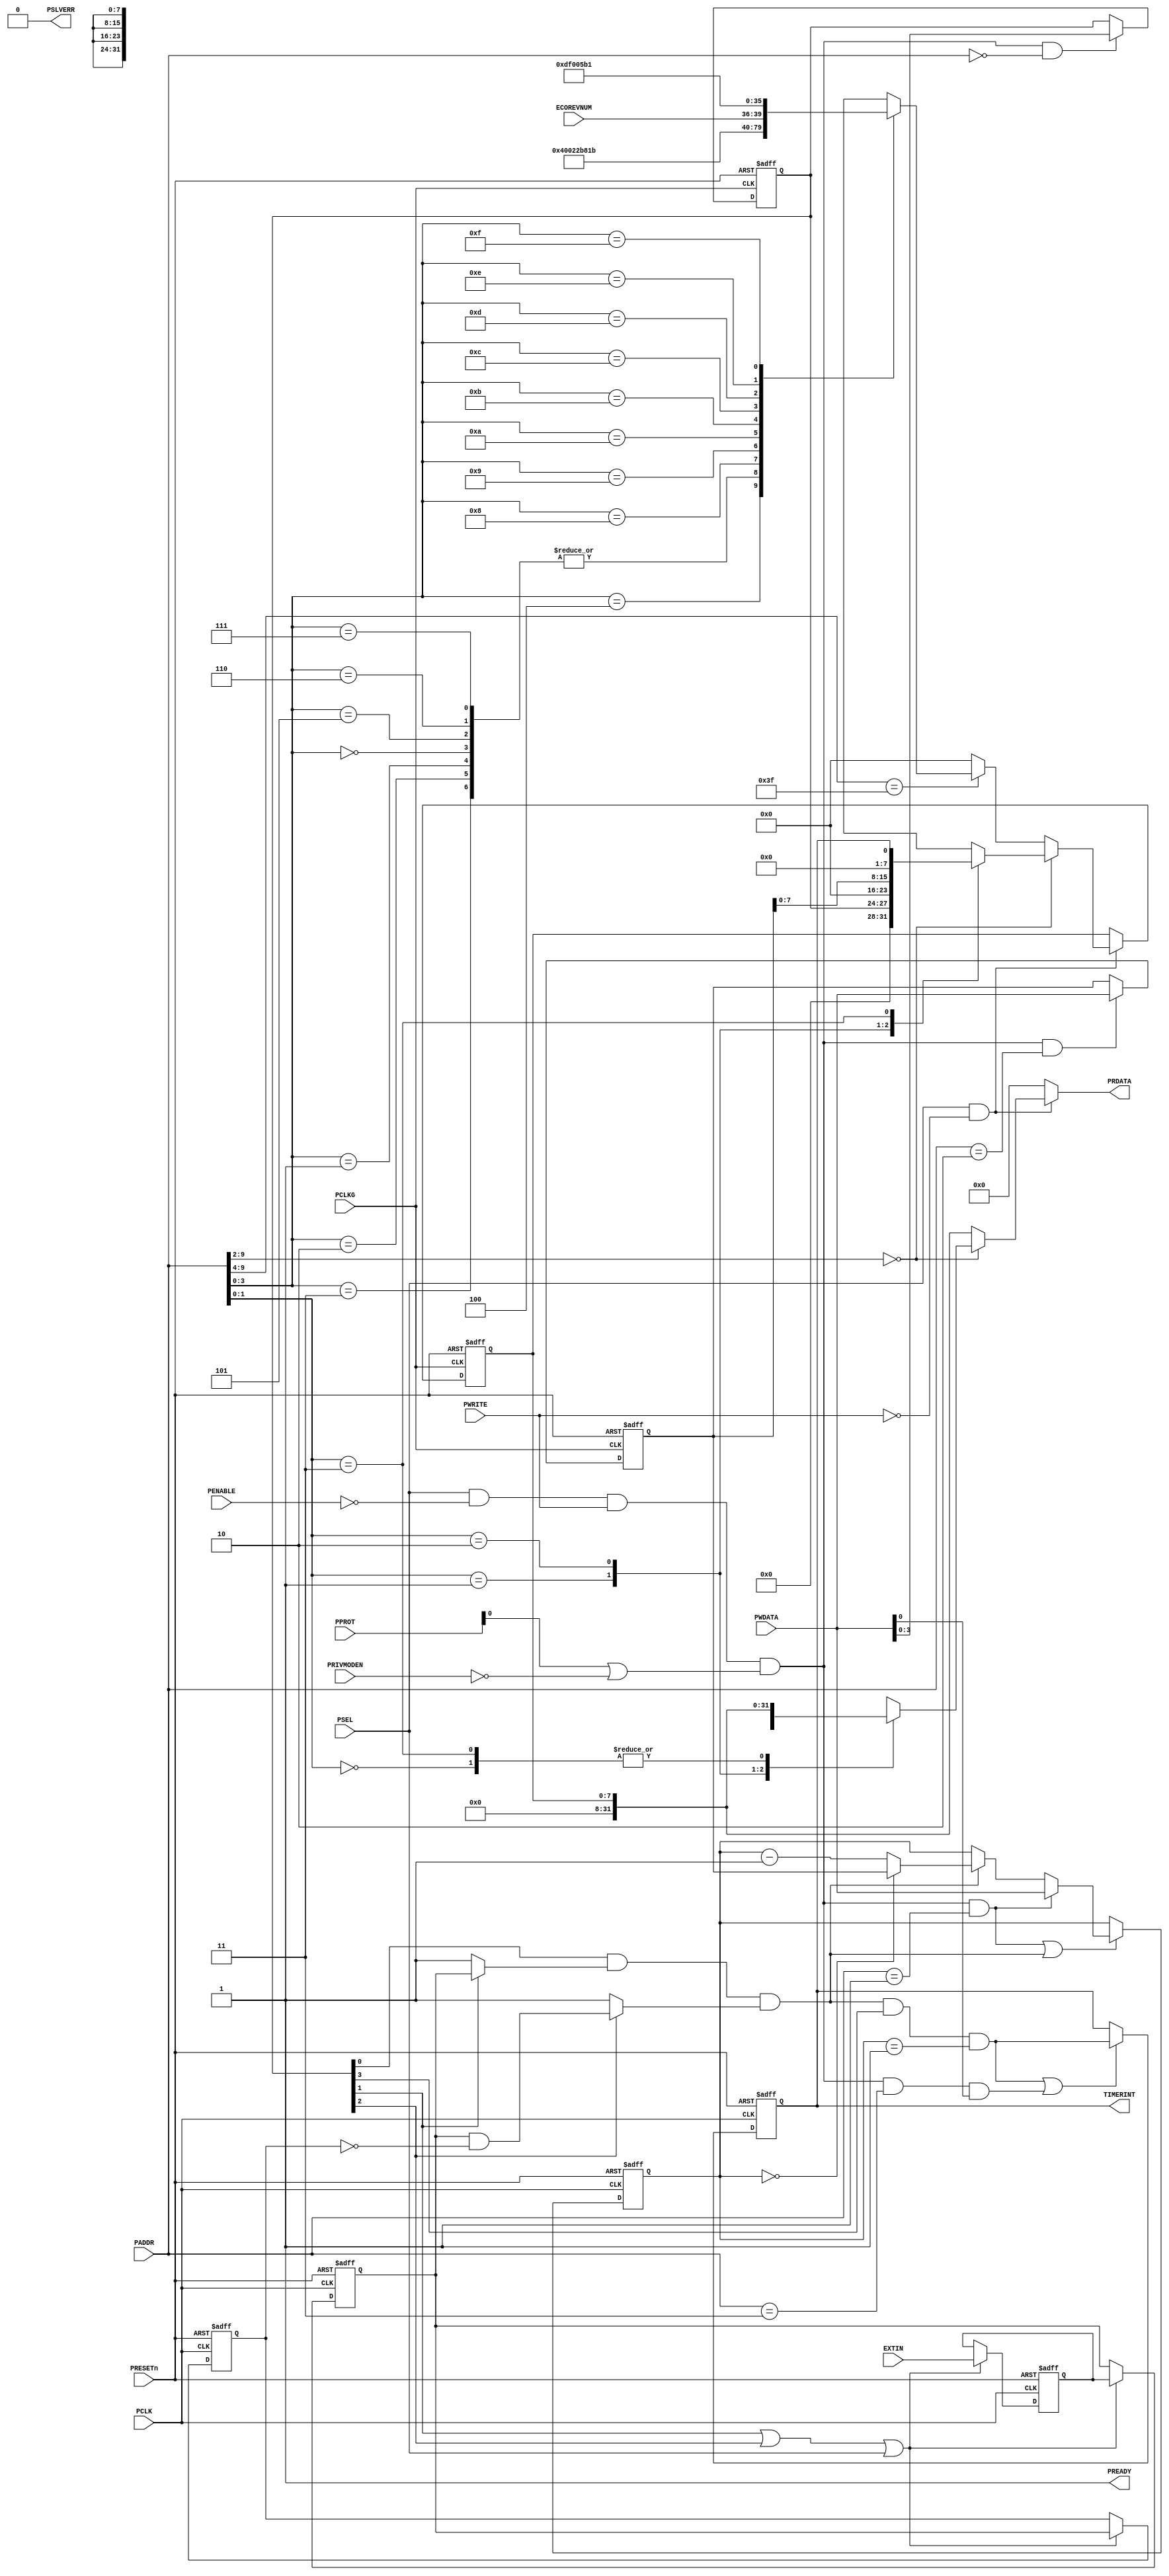
//-----------------------------------------------------------------------------
// The confidential and proprietary information contained in this file may
// only be used by a person authorised under and to the extent permitted
// by a subsisting licensing agreement from ARM Limited or its affiliates.
//
//        (C) COPYRIGHT 2015 ARM Limited or its affiliates.
//            ALL RIGHTS RESERVED
//
// This entire notice must be reproduced on all copies of this file
// and copies of this file may only be made by a person if such person is
// permitted to do so under the terms of a subsisting license agreement
// from ARM Limited or its affiliates.
//
//      SVN Information
//
//      Checked In          :  2015-09-17 13:43:40 +0100 (Thu, 17 Sep 2015)
//
//      Revision            :  2354
//
//      Release Information : CM3DesignStart-r0p0-02rel0
//
// ----------------------------------------------------------------------------
// Verilog-2001 (IEEE Std 1364-2001)
// ----------------------------------------------------------------------------
//-----------------------------------------------------------------------------
// Abstract : Simple APB timer
//-----------------------------------------------------------------------------
// Derrived from CMSDK timer, with added PRIV support.
// Used CMSDK release: BP210-BU-00000-r1p0-01rel0
//    Revision: 233272
//    Release Information : CM3DesignStart-r0p0-02rel0
//-----------------------------------------------------------------------------
// Programmer's model
// 0x00 RW    CTRL[3:0]
//              [3] Timer Interrupt Enable
//              [2] Select External input as Clock
//              [1] Select External input as Enable
//              [0] Enable
// 0x04 RW    Current Value[31:0]
// 0x08 RW    Reload Value[31:0]
// 0x0C R/Wc  Timer Interrupt
//              [0] Interrupt, right 1 to clear
// 0x3E0 - 0x3FC  ID registers
//-----------------------------------------------------------------------------


module cmsdk_apb_timer (
  input  wire        PCLK,     // PCLK for timer operation
  input  wire        PCLKG,    // Gated clock
  input  wire        PRESETn,  // Reset

  input  wire        PSEL,     // Device select
  input  wire [11:2] PADDR,    // Address
  input  wire        PENABLE,  // Transfer control
  input  wire        PWRITE,   // Write control
  input  wire [31:0] PWDATA,   // Write data

  input  wire [2:0]  PPROT,    // Protection type. Only PPROT[0] is used 0 indicates NORMAL access and 1 indicates PRIVILEGED

  input  wire  [3:0] ECOREVNUM ,// Engineering-change-order revision bits

  output wire [31:0] PRDATA,   // Read data
  output wire        PREADY,   // Device ready
  output wire        PSLVERR,  // Device error response
  input  wire        PRIVMODEN,// Control whether time regs can be written in NON-PRIV mode or not
  input  wire        EXTIN,    // Extenal input

  output wire        TIMERINT); // Timer interrupt output

// Local ID parameters, APB timer part number is 0x822
localparam  ARM_CMSDK_APB_TIMER_PID0 = 8'h22;
localparam  ARM_CMSDK_APB_TIMER_PID1 = 8'hB8;
localparam  ARM_CMSDK_APB_TIMER_PID2 = 8'h1B;
localparam  ARM_CMSDK_APB_TIMER_PID3 = 4'h0;
localparam  ARM_CMSDK_APB_TIMER_PID4 = 8'h04;
localparam  ARM_CMSDK_APB_TIMER_PID5 = 8'h00;
localparam  ARM_CMSDK_APB_TIMER_PID6 = 8'h00;
localparam  ARM_CMSDK_APB_TIMER_PID7 = 8'h00;
localparam  ARM_CMSDK_APB_TIMER_CID0 = 8'h0D;
localparam  ARM_CMSDK_APB_TIMER_CID1 = 8'hF0;
localparam  ARM_CMSDK_APB_TIMER_CID2 = 8'h05;
localparam  ARM_CMSDK_APB_TIMER_CID3 = 8'hB1;

// Signals for read/write controls
wire          read_enable;
wire          write_enable;
wire          write_enable00; // Write enable for Control register
wire          write_enable04; // Write enable for Current Value register
wire          write_enable08; // Write enable for Reload Value register
wire          write_enable0c; // Write enable for Interrupt register
reg     [7:0] read_mux_byte0;
reg     [7:0] read_mux_byte0_reg;
reg    [31:0] read_mux_word;
wire    [3:0] pid3_value;

// Signals for Control registers
reg     [3:0] reg_ctrl;
reg    [31:0] reg_curr_val;
reg    [31:0] reg_reload_val;
reg    [31:0] nxt_curr_val;

// Internal signals
reg           ext_in_sync1;  // Synchronisation registers for external input
reg           ext_in_sync2;  // Synchronisation registers for external input
reg           ext_in_delay;  // Delay register for edge detection
wire          ext_in_enable; // enable control for external intput
wire          dec_ctrl;      // Decrement control
wire          clk_ctrl;      // Clk select result
wire          enable_ctrl;   // Enable select result
wire          edge_detect;   // Edge detection
reg           reg_timer_int; // Timer interrupt output register
wire          timer_int_clear; // Clear timer interrupt status
wire          timer_int_set;   // Set timer interrupt status
wire          update_timer_int;// Update Timer interrupt output register

// Start of main code
// Read and write control signals
assign  read_enable  = PSEL & (~PWRITE); // assert for whole APB read transfer
assign  write_enable = PSEL & (~PENABLE) & PWRITE & (PPROT[0] | ~PRIVMODEN); // assert for 1st cycle of write transfer
assign  write_enable00 = write_enable & (PADDR[11:2] == 10'h000);
assign  write_enable04 = write_enable & (PADDR[11:2] == 10'h001);
assign  write_enable08 = write_enable & (PADDR[11:2] == 10'h002);
assign  write_enable0c = write_enable & (PADDR[11:2] == 10'h003);

// Write operations
  // Control register
  always @(posedge PCLKG or negedge PRESETn)
  begin
    if (~PRESETn)
      reg_ctrl <= {4{1'b0}};
    else if (write_enable00)
      reg_ctrl <= PWDATA[3:0];
  end

  // Current Value register
  always @(posedge PCLK or negedge PRESETn)
  begin
    if (~PRESETn)
      reg_curr_val <= {32{1'b0}};
    else if (write_enable04 | dec_ctrl)
      reg_curr_val <= nxt_curr_val;
  end

  // Reload Value register
  always @(posedge PCLKG or negedge PRESETn)
  begin
    if (~PRESETn)
      reg_reload_val <= {32{1'b0}};
    else if (write_enable08)
      reg_reload_val <= PWDATA[31:0];
  end

// Read operation, partitioned into two parts to reduce gate counts
// and improve timing
  assign pid3_value  = ARM_CMSDK_APB_TIMER_PID3;

  // lower 8 bits -registered. Current value reigster mux not done here
  // because the value can change every cycle
always @(PADDR or reg_ctrl or reg_reload_val or reg_timer_int or
   ECOREVNUM or pid3_value)
  begin
   if (PADDR[11:4] == 8'h00) begin
     case (PADDR[3:2])
     2'h0: read_mux_byte0 =  {{4{1'b0}}, reg_ctrl};
     2'h1: read_mux_byte0 =   {8{1'b0}};
     2'h2: read_mux_byte0 =  reg_reload_val[7:0];
     2'h3: read_mux_byte0 =  {{7{1'b0}}, reg_timer_int};
     default:  read_mux_byte0 =   {8{1'bx}};// x propogation
     endcase
   end
   else if (PADDR[11:6] == 6'h3F) begin
     case  (PADDR[5:2])
       4'h0, 4'h1,4'h2,4'h3: read_mux_byte0 =   {8{1'b0}};
   // ID register - constant values
       4'h4: read_mux_byte0 = ARM_CMSDK_APB_TIMER_PID4; // 0xFD0 : PID 4
       4'h5: read_mux_byte0 = ARM_CMSDK_APB_TIMER_PID5; // 0xFD4 : PID 5
       4'h6: read_mux_byte0 = ARM_CMSDK_APB_TIMER_PID6; // 0xFD8 : PID 6
       4'h7: read_mux_byte0 = ARM_CMSDK_APB_TIMER_PID7; // 0xFDC : PID 7
       4'h8: read_mux_byte0 = ARM_CMSDK_APB_TIMER_PID0; // 0xFE0 : PID 0  APB timer part number[7:0]
       4'h9: read_mux_byte0 = ARM_CMSDK_APB_TIMER_PID1; // 0xFE0 : PID 1 [7:4] jep106_id_3_0. [3:0] part number [11:8]
       4'hA: read_mux_byte0 = ARM_CMSDK_APB_TIMER_PID2; // 0xFE0 : PID 2 [7:4] revision, [3] jedec_used. [2:0] jep106_id_6_4
       4'hB: read_mux_byte0 = {ECOREVNUM[3:0],pid3_value[3:0]};
                                                       // 0xFE0 : PID 3 [7:4] ECO revision, [3:0] modification number
       4'hC: read_mux_byte0 = ARM_CMSDK_APB_TIMER_CID0; // 0xFF0 : CID 0
       4'hD: read_mux_byte0 = ARM_CMSDK_APB_TIMER_CID1; // 0xFF4 : CID 1 PrimeCell class
       4'hE: read_mux_byte0 = ARM_CMSDK_APB_TIMER_CID2; // 0xFF8 : CID 2
       4'hF: read_mux_byte0 = ARM_CMSDK_APB_TIMER_CID3; // 0xFFC : CID 3
       default : read_mux_byte0 = {8{1'bx}}; // x propogation
      endcase
    end
    else begin
       read_mux_byte0 =   {8{1'b0}};     //default read out value
    end
  end

  // Register read data
  always @(posedge PCLKG or negedge PRESETn)
  begin
    if (~PRESETn)
      read_mux_byte0_reg <= {8{1'b0}};
    else if (read_enable)
      read_mux_byte0_reg <= read_mux_byte0;
  end

  // Second level of read mux
  always @(PADDR or read_mux_byte0_reg or reg_curr_val or reg_reload_val)
  begin
  if (PADDR[11:4] == 8'h00) begin
    case (PADDR[3:2])
      2'b01:   read_mux_word = {reg_curr_val[31:0]};
      2'b10:   read_mux_word = {reg_reload_val[31:8],read_mux_byte0_reg};
      2'b00,2'b11:  read_mux_word = {{24{1'b0}} ,read_mux_byte0_reg};
      default : read_mux_word = {32{1'bx}};
    endcase
  end
  else begin
    read_mux_word = {{24{1'b0}}  ,read_mux_byte0_reg};
  end
  end

  // Output read data to APB
  assign PRDATA = (read_enable) ? read_mux_word : {32{1'b0}};
  assign PREADY  = 1'b1; // Always ready
  assign PSLVERR = 1'b0; // Always okay

  assign ext_in_enable = reg_ctrl[1] | reg_ctrl[2] | PSEL;

  // Synchonize input and delay for edge detection
  always @(posedge PCLK or negedge PRESETn)
  begin
    if (~PRESETn)
      begin
      ext_in_sync1 <= 1'b0;
      ext_in_sync2 <= 1'b0;
      ext_in_delay <= 1'b0;
      end
    else if (ext_in_enable)
      begin
      ext_in_sync1 <= EXTIN;
      ext_in_sync2 <= ext_in_sync1;
      ext_in_delay <= ext_in_sync2;
      end
  end

  // Edge detection
  assign edge_detect = ext_in_sync2 & (~ext_in_delay);

  // Clock selection
  assign clk_ctrl    = reg_ctrl[2] ? edge_detect : 1'b1;

  // Enable selection
  assign enable_ctrl = reg_ctrl[1] ? ext_in_sync2 : 1'b1;

  // Overall decrement control
  assign dec_ctrl    = reg_ctrl[0] & enable_ctrl & clk_ctrl;

  // Decrement counter
  always @(write_enable04 or PWDATA or dec_ctrl or reg_curr_val or
  reg_reload_val)
  begin
  if (write_enable04)
    nxt_curr_val = PWDATA[31:0]; // Software write to timer
  else if (dec_ctrl)
    begin
    if (reg_curr_val == {32{1'b0}})
      nxt_curr_val = reg_reload_val; // Reload
    else
      nxt_curr_val = reg_curr_val - 32'h00000001; // Decrement
    end
  else
    nxt_curr_val = reg_curr_val; // Unchanged
  end

  // Interrupt generation
  // Trigger an interrupt when decrement to 0 and interrupt enabled
  // and hold it until clear by software
  assign timer_int_set   = (dec_ctrl & reg_ctrl[3] & (reg_curr_val==32'h00000001));
  assign timer_int_clear = write_enable0c & PWDATA[0];
  assign update_timer_int= timer_int_set | timer_int_clear;

  // Registering interrupt output
  always @(posedge PCLK or negedge PRESETn)
  begin
    if (~PRESETn)
      reg_timer_int <= 1'b0;
    else if (update_timer_int)
      reg_timer_int <= timer_int_set;
  end

  // Connect to external
  assign TIMERINT = reg_timer_int;

`ifdef ARM_APB_ASSERT_ON
`include "std_ovl_defines.h"

   // ------------------------------------------------------------
   // Assertions
   // ------------------------------------------------------------
   wire ovl_write_setup     = PSEL & (~PENABLE) &  PWRITE ;

   wire ovl_read_access     = PSEL & (~PWRITE) & PENABLE & PREADY;
   wire ovl_write_access    = PSEL & ( PWRITE) & PENABLE & PREADY;

   wire [7:0] ovl_apb_timer_pid3      = {ECOREVNUM[3:0], pid3_value[3:0]};
   reg  [7:0] ovl_apb_timer_pid3_d1;

   reg ovl_write_access_d1;
   reg ovl_write_setup_d1;

   reg [9:0] ovl_paddr_d1;
   reg [31:0] ovl_pwdata_d1;

   reg [3:0] ovl_reg_ctrl_d1;
   reg ovl_reg_timer_int_d1, ovl_timer_int_set_d1;

   always @(posedge PCLK or negedge PRESETn)
   if (~PRESETn)
     begin
       ovl_write_access_d1 <= 1'b0;
       ovl_write_setup_d1 <= 1'b0;
     end
   else
     begin
       ovl_write_setup_d1 <= ovl_write_setup;
       ovl_write_access_d1 <= ovl_write_access;
     end

   always @(posedge PCLK or negedge PRESETn)
   if (~PRESETn)
     begin
       ovl_paddr_d1 <= 10'b0000;
       ovl_pwdata_d1 <= 32'h00000000;
       ovl_apb_timer_pid3_d1 <= 8'h00;
     end
   else
     begin
       ovl_paddr_d1 <= PADDR;
       ovl_pwdata_d1 <= PWDATA;
       ovl_apb_timer_pid3_d1 <= ovl_apb_timer_pid3;
     end

   always @(posedge PCLK or negedge PRESETn)
   if (~PRESETn)
     begin
       ovl_reg_ctrl_d1 <= 4'b0000;
       ovl_reg_timer_int_d1 <= 1'b0;
       ovl_timer_int_set_d1 <= 1'b0;
     end
   else
     begin
       ovl_reg_timer_int_d1 <= reg_timer_int;
       ovl_timer_int_set_d1 <= timer_int_set;
       ovl_reg_ctrl_d1 <= reg_ctrl;
     end

    // A read access on PIDx must always return the expected value

   assert_implication
     #(`OVL_ERROR,`OVL_ASSERT,
       "The PID 4 value must be equal to the expected value.")
   u_ovl_pid4_read_value
     (.clk              (PCLK),
      .reset_n          (PRESETn),
      .antecedent_expr  (ovl_read_access & (PADDR[11:2] == 10'h3F4)),
      .consequent_expr  (PRDATA[7:0] == ARM_CMSDK_APB_TIMER_PID4)
      );

   assert_implication
     #(`OVL_ERROR,`OVL_ASSERT,
       "The PID 5 value must be equal to the expected value.")
   u_ovl_pid5_read_value
     (.clk              (PCLK),
      .reset_n          (PRESETn),
      .antecedent_expr  (ovl_read_access & (PADDR[11:2] == 10'h3F5)),
      .consequent_expr  (PRDATA[7:0] == ARM_CMSDK_APB_TIMER_PID5)
      );

   assert_implication
     #(`OVL_ERROR,`OVL_ASSERT,
       "The PID 6 value must be equal to the expected value.")
   u_ovl_pid6_read_value
     (.clk              (PCLK),
      .reset_n          (PRESETn),
      .antecedent_expr  (ovl_read_access & (PADDR[11:2] == 10'h3F6)),
      .consequent_expr  (PRDATA[7:0] == ARM_CMSDK_APB_TIMER_PID6)
      );

   assert_implication
     #(`OVL_ERROR,`OVL_ASSERT,
       "The PID 7 value must be equal to the expected value.")
   u_ovl_pid7_read_value
     (.clk              (PCLK),
      .reset_n          (PRESETn),
      .antecedent_expr  (ovl_read_access & (PADDR[11:2] == 10'h3F7)),
      .consequent_expr  (PRDATA[7:0] == ARM_CMSDK_APB_TIMER_PID7)
      );

   assert_implication
     #(`OVL_ERROR,`OVL_ASSERT,
       "The PID 0 value must be equal to the expected value.")
   u_ovl_pid0_read_value
     (.clk              (PCLK),
      .reset_n          (PRESETn),
      .antecedent_expr  (ovl_read_access & (PADDR[11:2] == 10'h3F8)),
      .consequent_expr  (PRDATA[7:0] ==  ARM_CMSDK_APB_TIMER_PID0)
      );

   assert_implication
     #(`OVL_ERROR,`OVL_ASSERT,
       "The PID 1 value must be equal to the expected value.")
   u_ovl_pid1_read_value
     (.clk              (PCLK),
      .reset_n          (PRESETn),
      .antecedent_expr  (ovl_read_access & (PADDR[11:2] == 10'h3F9)),
      .consequent_expr  (PRDATA[7:0] == ARM_CMSDK_APB_TIMER_PID1)
      );

   assert_implication
     #(`OVL_ERROR,`OVL_ASSERT,
       "The PID 2 value must be equal to the expected value.")
   u_ovl_pid2_read_value
     (.clk              (PCLK),
      .reset_n          (PRESETn),
      .antecedent_expr  (ovl_read_access & (PADDR[11:2] == 10'h3FA)),
      .consequent_expr  (PRDATA[7:0] == ARM_CMSDK_APB_TIMER_PID2)
      );

   assert_implication
     #(`OVL_ERROR,`OVL_ASSERT,
       "The PID 3 value must be equal to the expected value.")
   u_ovl_pid3_read_value
     (.clk              (PCLK),
      .reset_n          (PRESETn),
      .antecedent_expr  (ovl_read_access & (PADDR[11:2] == 10'h3FB)),
      .consequent_expr  (PRDATA[7:0] == ovl_apb_timer_pid3_d1)
      );

   // A read access on CIDx must always return the expected value

   assert_implication
     #(`OVL_ERROR,`OVL_ASSERT,
       "The CID 0 value must be equal to the expected value.")
   u_ovl_cid0_read_value
     (.clk              (PCLK),
      .reset_n          (PRESETn),
      .antecedent_expr  (ovl_read_access & (PADDR[11:2] == 10'h3FC)),
      .consequent_expr  (PRDATA[7:0] ==  ARM_CMSDK_APB_TIMER_CID0)
      );

   assert_implication
     #(`OVL_ERROR,`OVL_ASSERT,
       "The CID 1 value must be equal to the expected value.")
   u_ovl_cid1_read_value
     (.clk              (PCLK),
      .reset_n          (PRESETn),
      .antecedent_expr  (ovl_read_access & (PADDR[11:2] == 10'h3FD)),
      .consequent_expr  (PRDATA[7:0] == ARM_CMSDK_APB_TIMER_CID1)
      );

   assert_implication
     #(`OVL_ERROR,`OVL_ASSERT,
       "The CID 2 value must be equal to the expected value.")
   u_ovl_cid2_read_value
     (.clk              (PCLK),
      .reset_n          (PRESETn),
      .antecedent_expr  (ovl_read_access & (PADDR[11:2] == 10'h3FE)),
      .consequent_expr  (PRDATA[7:0] == ARM_CMSDK_APB_TIMER_CID2)
      );

   assert_implication
     #(`OVL_ERROR,`OVL_ASSERT,
       "The CID 3 value must be equal to the expected value.")
   u_ovl_cid3_read_value
     (.clk              (PCLK),
      .reset_n          (PRESETn),
      .antecedent_expr  (ovl_read_access & (PADDR[11:2] == 10'h3FF)),
      .consequent_expr  (PRDATA[7:0] == ARM_CMSDK_APB_TIMER_CID3)
      );

   // Clear interrupt with software access

   assert_implication
     #(`OVL_ERROR, `OVL_ASSERT,
       "A software clear must clear the interrupt correctly.")
   u_ovl_interrupt_clear
     (.clk              (PCLK),
      .reset_n          (PRESETn),
      .antecedent_expr  (ovl_write_setup_d1 & (ovl_paddr_d1[9:0] == 10'h003) & ovl_pwdata_d1[0]
                         & (ovl_reg_timer_int_d1 == 1'b1) & (~ovl_timer_int_set_d1)),
      .consequent_expr  (reg_timer_int == 1'b0)
      );


   // Check register set command: CTRL[3] register

   assert_implication
    #(`OVL_ERROR, //1,1,0,
      `OVL_ASSERT,
      "Write 1 to set the Timer Interrupt Enable"
      )
    u_ovl_apb_timer_set_reg_ctrl_3
    (.clk               (PCLK ),
     .reset_n           (PRESETn),
     .antecedent_expr   (ovl_write_access_d1 & (ovl_paddr_d1[9:0] == 10'h000) ),
     .consequent_expr   (reg_ctrl == (ovl_reg_ctrl_d1 | ({ovl_pwdata_d1[3], 1'b0, 1'b0, 1'b0})))
     );

   // Check register set command: CTRL[2] register

   assert_implication
    #(`OVL_ERROR, //1,1,0,
      `OVL_ASSERT,
      "Write 1 to set the Timer External In as clock"
      )
    u_ovl_apb_timer_set_reg_ctrl_2
    (.clk               (PCLK ),
     .reset_n           (PRESETn),
     .antecedent_expr   (ovl_write_access_d1 & (ovl_paddr_d1[9:0] == 10'h000) ),
     .consequent_expr   (reg_ctrl == (ovl_reg_ctrl_d1 | ({1'b0, ovl_pwdata_d1[2], 1'b0, 1'b0})))
     );

   // Check register set command: CTRL[1] register

   assert_implication
    #(`OVL_ERROR, //1,1,0,
      `OVL_ASSERT,
      "Write 1 to set the Timer External In as enable"
      )
    u_ovl_apb_timer_set_reg_ctrl_1
    (.clk               (PCLK ),
     .reset_n           (PRESETn),
     .antecedent_expr   (ovl_write_access_d1 & (ovl_paddr_d1[9:0] == 10'h000) ),
     .consequent_expr   (reg_ctrl == (ovl_reg_ctrl_d1 | ({1'b0, 1'b0, ovl_pwdata_d1[1], 1'b0})))
     );

   // Check register set command: CTRL[0] register

   assert_implication
    #(`OVL_ERROR, //1,1,0,
      `OVL_ASSERT,
      "Write 1 to set the Enable"
      )
    u_ovl_apb_timer_set_reg_ctrl_0
    (.clk               (PCLK ),
     .reset_n           (PRESETn),
     .antecedent_expr   (ovl_write_access_d1 & (ovl_paddr_d1[9:0] == 10'h000) ),
     .consequent_expr   (reg_ctrl == (ovl_reg_ctrl_d1 | ({1'b0, 1'b0, 1'b0, ovl_pwdata_d1[0]})))
     );

   // Check register set command: VALUE register

   assert_implication
    #(`OVL_ERROR, //1,1,0,
      `OVL_ASSERT,
      "Write 1 to set the Enable"
      )
    u_ovl_apb_timer_value_reg
    (.clk               (PCLK ),
     .reset_n           (PRESETn),
     .antecedent_expr   (ovl_write_setup_d1 & (ovl_paddr_d1[9:0] == 10'h001) ),
     .consequent_expr   (reg_curr_val == (ovl_pwdata_d1))
     );

   // Check register set command: RELOAD register

   assert_implication
    #(`OVL_ERROR, //1,1,0,
      `OVL_ASSERT,
      "Write 1 to set the Enable"
      )
    u_ovl_apb_timer_reload_reg
    (.clk               (PCLK ),
     .reset_n           (PRESETn),
     .antecedent_expr   (ovl_write_access_d1 & (ovl_paddr_d1[9:0] == 10'h002) ),
     .consequent_expr   (reg_reload_val == (ovl_pwdata_d1))
     );

   // APB interface always responds with OKAY

   assert_always
     #(`OVL_ERROR,`OVL_ASSERT,
       "The APB interface must only respond with OKAY.")
   u_ovl_no_apb_error
     (.clk      (PCLK),
      .reset_n  (PRESETn),
      .test_expr(PSLVERR == 1'b0)
      );

   // APB interface always has zero wait states

   assert_always
     #(`OVL_ERROR,`OVL_ASSERT,
       "The APB interface must have only zero wait states.")
   u_ovl_no_apb_wait_states
     (.clk      (PCLK),
      .reset_n  (PRESETn),
      .test_expr(PREADY == 1'b1)
      );


  //****************************************
  // X check
  //****************************************

  //Timer interrupt should not go to X

    assert_never_unknown
    #(`OVL_ERROR, 1, `OVL_ASSERT,
      "APB Timer TIMERINT went X")
     u_ovl_apb_timer_timerint_x (
     .clk(PCLK),
     .reset_n(PRESETn),
     .qualifier(1'b1),
     .test_expr(TIMERINT)
     );

  //APB Read data interrupt should not go to X

    assert_never_unknown
    #(`OVL_ERROR, 32, `OVL_ASSERT,
      "APB Timer PRDATA went X")
     u_ovl_apb_timer_prdata_x (
     .clk (PCLK),
     .reset_n (PRESETn),
     .qualifier (1'b1),
     .test_expr (PRDATA)
     );

`endif

endmodule